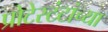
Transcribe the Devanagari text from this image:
प्रोटेस्टंटांच्या